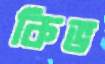
কিভ